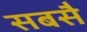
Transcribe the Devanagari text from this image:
सबसै